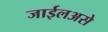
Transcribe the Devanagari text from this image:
जाईलअसे